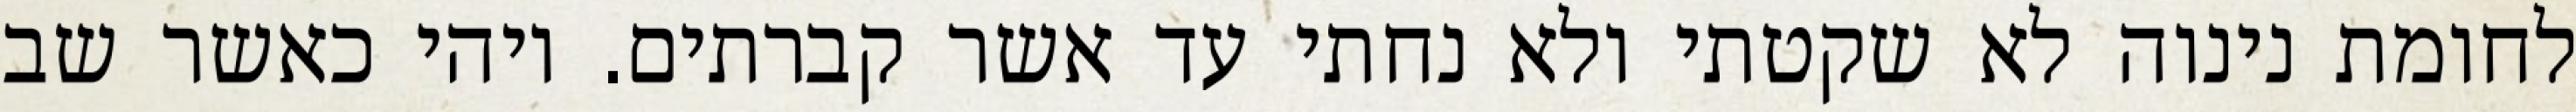
לחומת נינוה לא שקטתי ולא נחתי עד אשר קברתים. ויהי כאשר שב